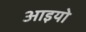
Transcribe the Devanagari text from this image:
आइयो